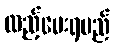
ထည့်ပေးရမည်